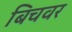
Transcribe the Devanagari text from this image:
बिचवर